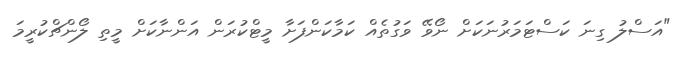
"އަސްލު ގިނަ ކަސްޓަމަރުނަކަށް ނޯވޭ ވަގުތެއް ކަމާކަންފަށާ މީޓްކުރަން އަންނާކަށް މީތި ލޯންޗްކުރީމަ